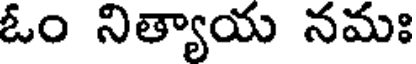
ఓం నిత్యాయ నమః